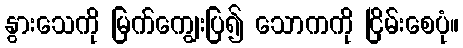
နွားသေကို မြက်ကျွေးပြ၍ သောကကို ငြိမ်းစေပုံ။